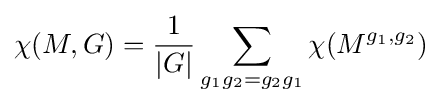
\chi (M,G)={\frac {1}{|G|}}\sum _{g_{1}g_{2}=g_{2}g_{1}}\chi (M^{g_{1},g_{2}})